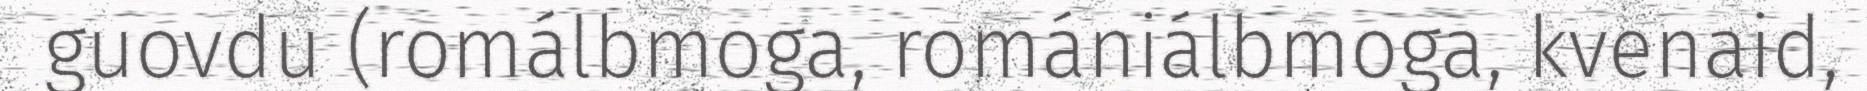
guovdu (romálbmoga, romániálbmoga, kvenaid,